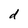
Character: d